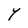
Character: Y